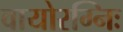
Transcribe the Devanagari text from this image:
वायोरग्निः